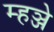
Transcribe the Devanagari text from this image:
म्हञ्जे